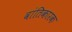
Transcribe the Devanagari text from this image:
वांतिकारक